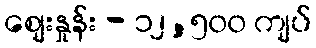
စျေးနှုန်း - ၁၂,၅၀၀ ကျပ်